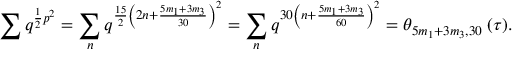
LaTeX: \sum q ^ { \frac { 1 } { 2 } p ^ { 2 } } = \sum _ { n } q ^ { \frac { 1 5 } { 2 } \left( 2 n + \frac { 5 m _ { 1 } + 3 m _ { 3 } } { 3 0 } \right) ^ { 2 } } = \sum _ { n } q ^ { 3 0 \left( n + \frac { 5 m _ { 1 } + 3 m _ { 3 } } { 6 0 } \right) ^ { 2 } } = \theta _ { 5 m _ { 1 } + 3 m _ { 3 } , 3 0 } \: ( \tau ) .